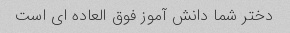
دختر شما دانش آموز فوق العاده ای است